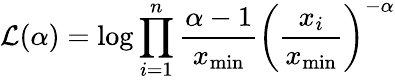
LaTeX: {\mathcal{L}}(\alpha)=\log\prod_{i=1}^{n}{\frac{\alpha-1}{x_{\operatorname*{min}}}}\left({\frac{x_{i}}{x_{\operatorname*{min}}}}\right)^{-\alpha}